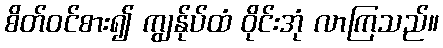
စိတ်ဝင်စား၍ ကျွန်ုပ်ထံ ဝိုင်းအုံ လာကြသည်။